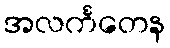
အလင်္ကတေန